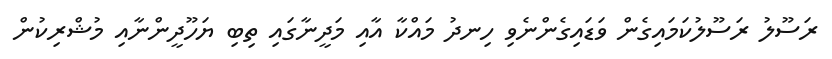
ރަސޫލު ރަސޫލުކަމައިގެން ވަޑައިގެންނެވި ހިނދު މައްކާ އާއި މަދީނާގައި ތިބި ޔަހޫދީންނާއި މުޝްރިކުން